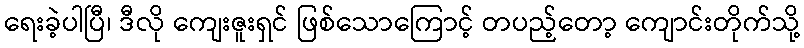
ရေးခဲ့ပါပြီ၊ ဒီလို ကျေးဇူးရှင် ဖြစ်သောကြောင့် တပည့်တော့ ကျောင်းတိုက်သို့